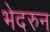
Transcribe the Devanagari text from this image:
भेदरुन